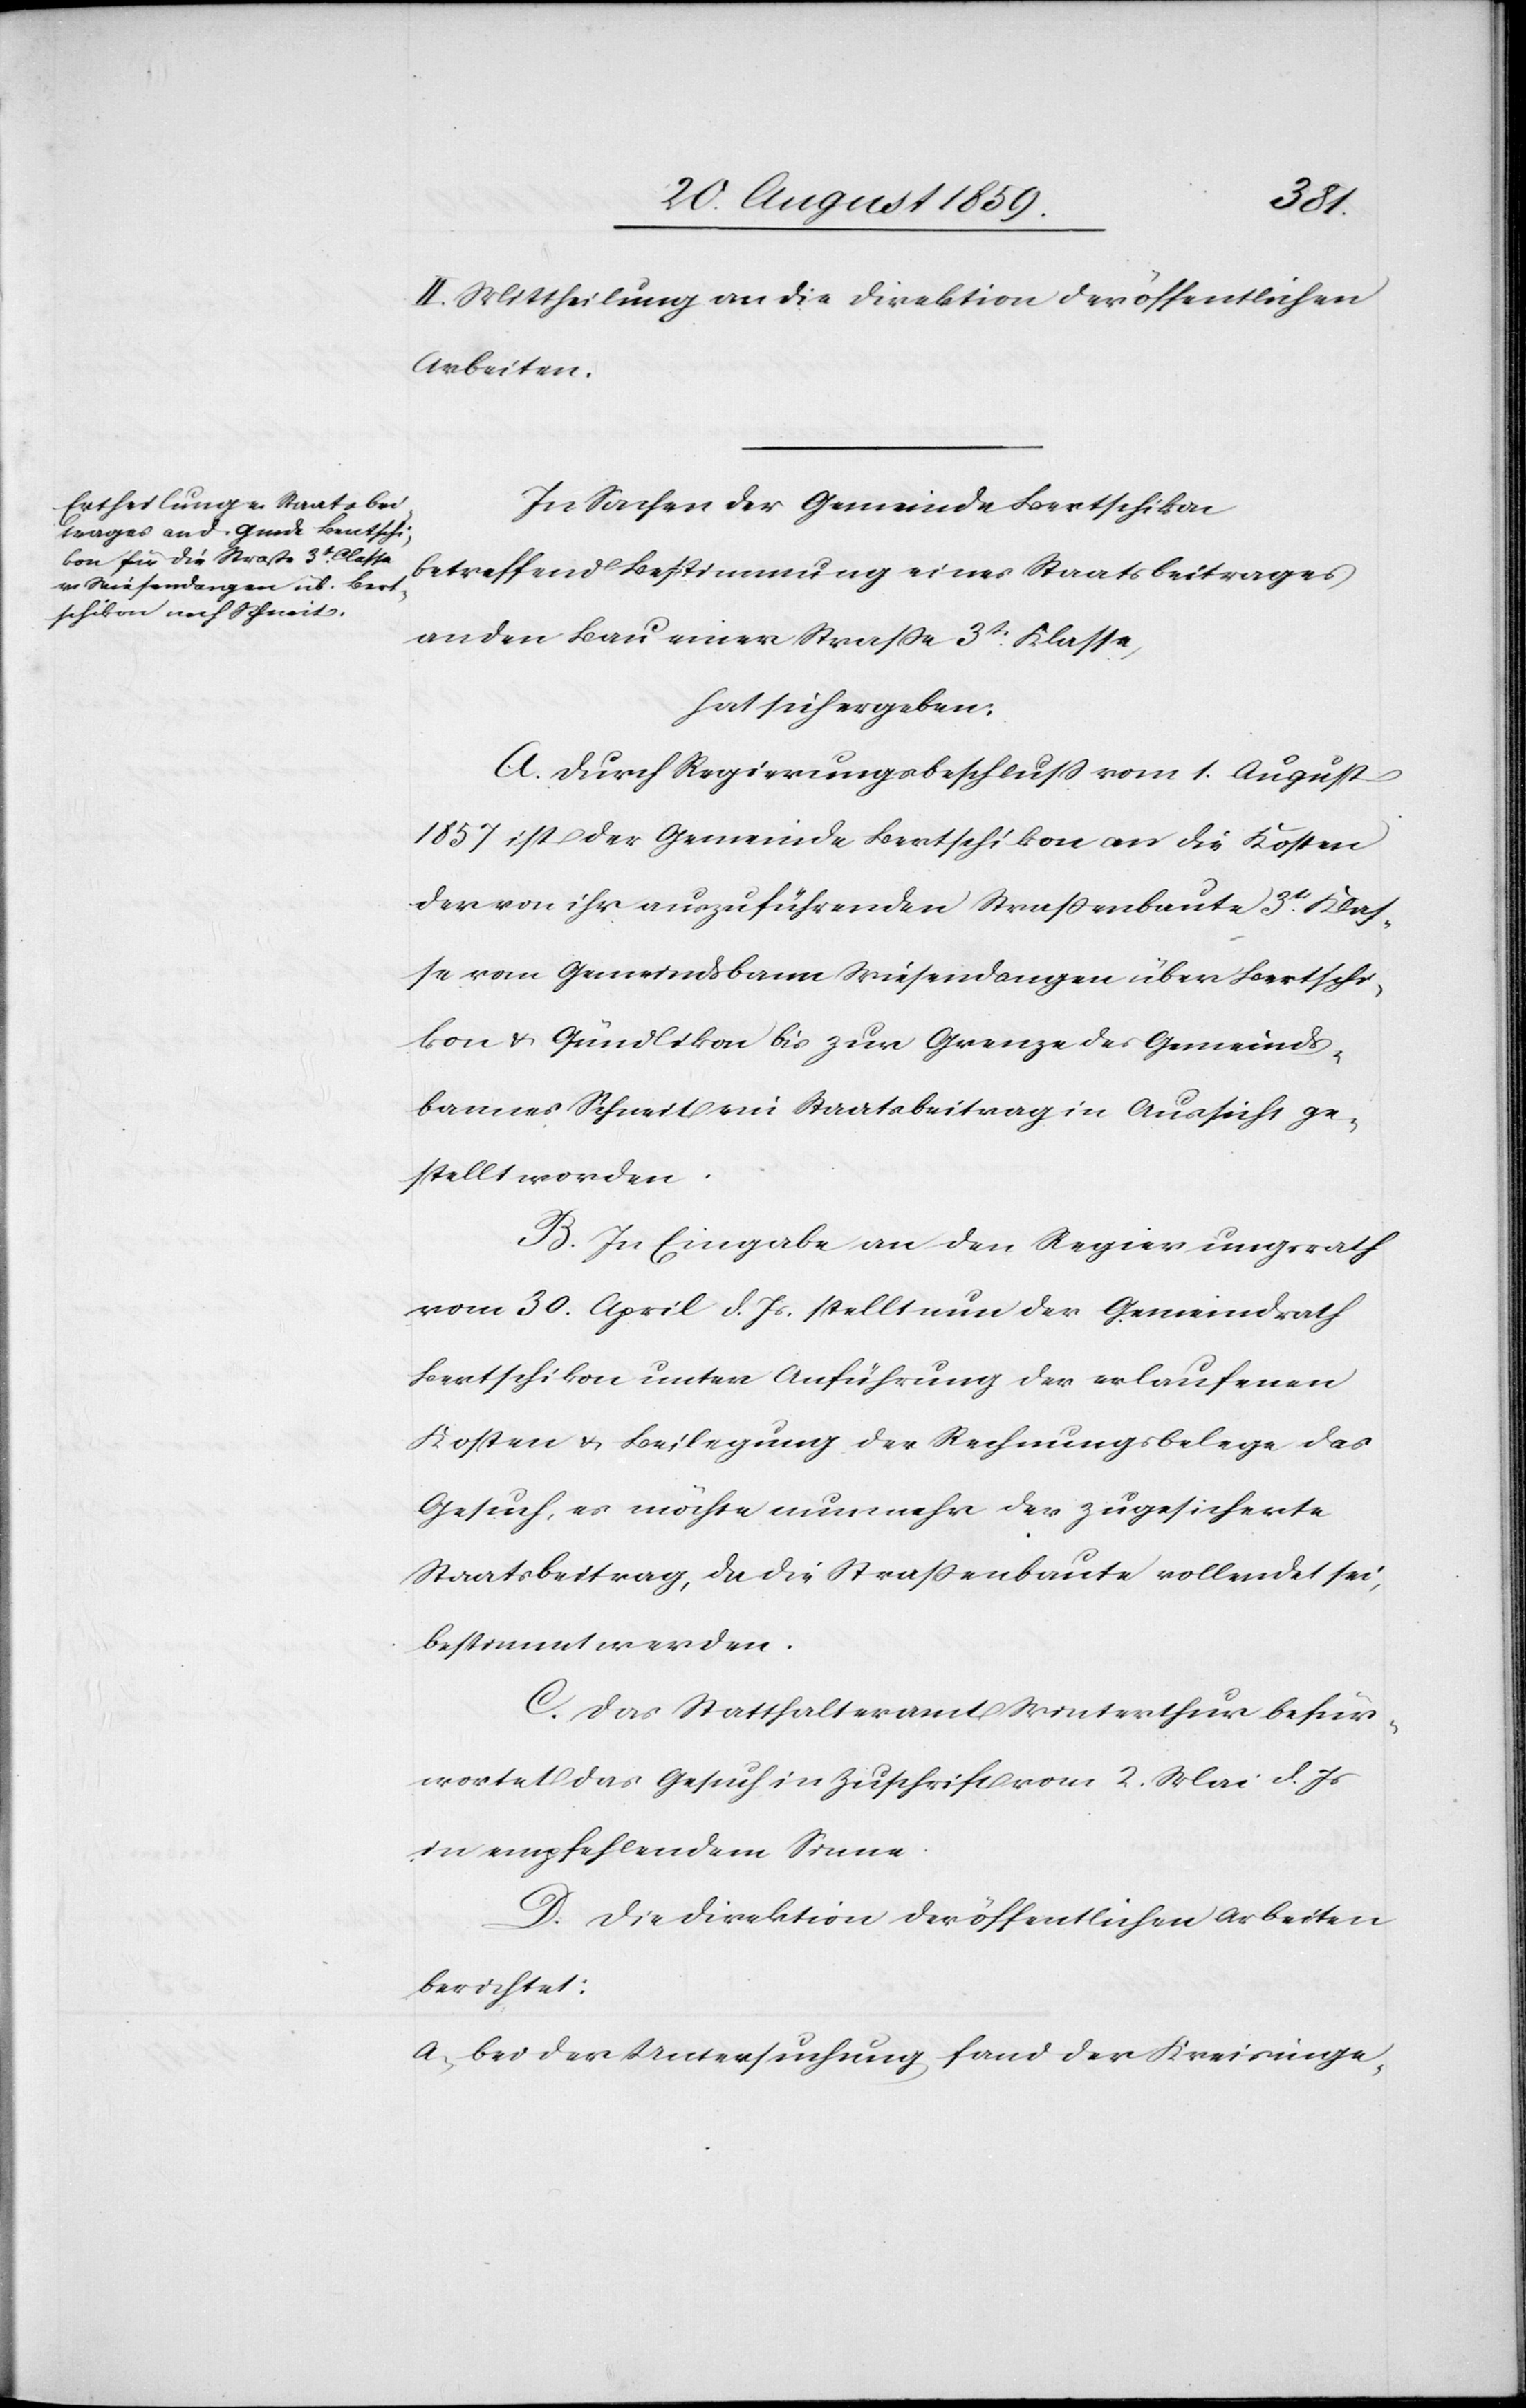
II. Mittheilung an die Direktion der öffentlichen
Arbeiten.
In Sachen der Gemeinde Bertschikon
betreffend Bestimmung eines Staatsbeitrages
an den Bau einer Straße 3t. Klasse,
hat sich ergeben:
A. Durch Regierungsbeschluß vom 1. August
1857 ist der Gemeinde Bertschikon an die Kosten
der von ihr auszuführenden Straßenbaute 3t. Klas¬
se vom Gemeindsbann Wiesendangen über Bertschi¬
kon & Gündlikon bis zur Grenze des Gemeinds¬
bannes Schneit ein Staatsbeitrag in Aussicht ge¬
stellt worden.
B. In Eingabe an den Regierungsrath
vom 30. April d. Js. stellt nun der Gemeindrath
Bertschikon unter Anführung der erlaufenen
Kosten & Beilegung der Rechnungsbelege das
Gesuch, es möchte nunmehr der zugesicherte
Staatsbeitrag, da die Straßenbaute vollendet sei,
bestimmt werden.
C. Das Statthalteramt Winterthur befür¬
wortet das Gesuch in Zuschrift vom 2. Mai d. Js.
in empfehlendem Sinne.
D. Die Direktion der öffentlichen Arbeiten
berichtet:
a) bei der Untersuchung fand der Kreisinge-